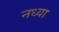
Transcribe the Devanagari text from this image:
नध्या